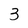
Character: 3